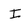
Character: I